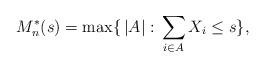
LaTeX: \begin{align*}M_n^*(s)=\max \{ \,|A|: \,\sum_{i \in A} X_i \leq s \},\end{align*}